Report of an investigation into the causes of malaria in Bombay and the measures necessary for its control
Disease focus: Malaria
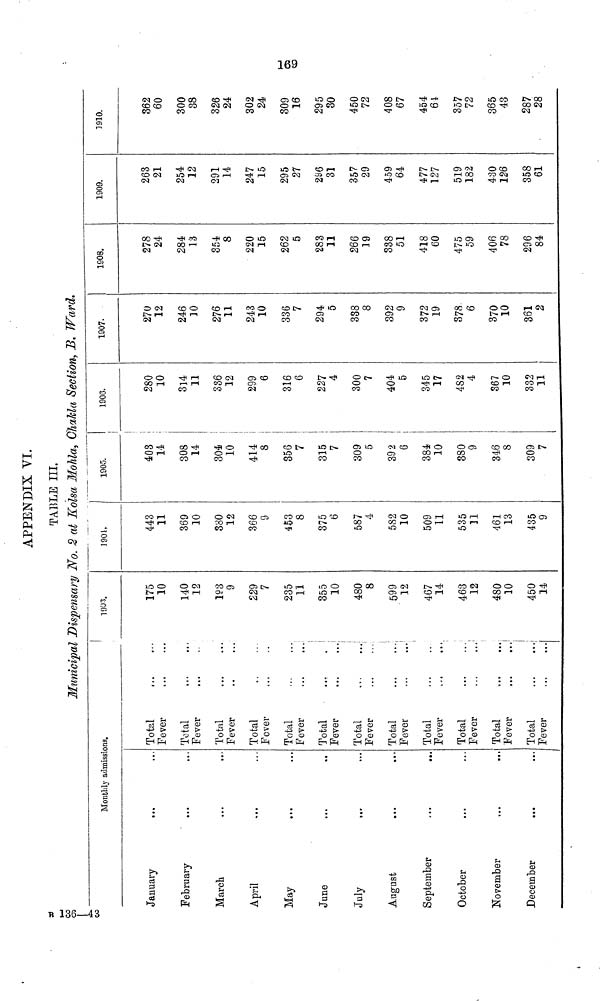
03
APPENDIX VI.
TABLE III.
Municipal Dispensary No. 2 at Kolsa Mohla, Chakla Section, B. Ward.
Monthly admissions.
January-
February
March
April
May
June
July
August
September
October
November
December
...
Total
Fever
Total
Fever
Total
Fever
Total
Fever
Total
Fever
Total
Fever
Total
Fever
Total
Fever
Total
Fever
Total
Fever
Total
Fever
Total
Fever
1903.
175
10
140
12
193
9
229
7
235
11
355
10
480
8
599
12
467
14
463
12
480
10
450
14
1901
443
11
369
10
380
12
366
9
453
8
375
6
587
4
582
10
509
11
535
11
461
13
435
9
1905.
403
14
308
14
304
10
414
8
356
7
315
7
309
5
392
6
384
10
380
9
346 i
S
309
7
1906.
280
10
314
11
336
12
299
6
316
6
227
4
300
7
404
5
345
17
482
4
367
10
332
11
1907.
270
12
246
10
276
11
243
10
336
7
294
5
338
8
392
9
372
19
378
6
370
10
361
2
1908.
278
24
284
13
354
8
220
15
262
5
283
11
266
19
338
51
418
60
475
59
406
78
296
84
1909.
263
21
254
12
291
14
247
15
295
27
2S6
31
357
29
459
64
477
127
519
182
430
126
358
61
1910.
362
60
300
38
326
24
302
24
309
16
295
30
450
72
408
67
454
6i
357
72
365
43
287
28
R 136-43